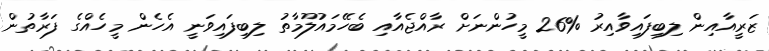
ޒަރީއާއިން ލިބިފައިވާއިރު %26 މީހުންނަށް ރާއްޖެއާއި ބެހޭމައުލޫމާތު ލިބިފައިވަނީ އެހެން މީހެއްގެ ފަރާތުން